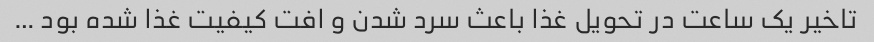
تاخیر یک ساعت در تحویل غذا باعث سرد شدن و افت کیفیت غذا شده بود …